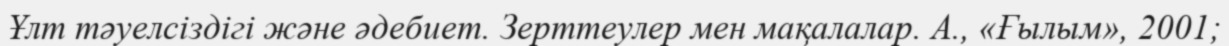
Ұлт тәуелсіздігі және әдебиет. Зерттеулер мен мақалалар. А., «Ғылым», 2001;